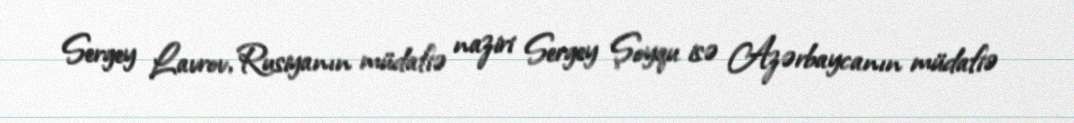
Sergey Lavrov, Rusiyanın müdafiə naziri Sergey Şoyqu isə Azərbaycanın müdafiə